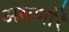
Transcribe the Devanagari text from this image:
असणांरे